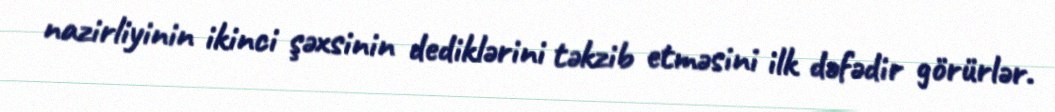
nazirliyinin ikinci şəxsinin dediklərini təkzib etməsini ilk dəfədir görürlər.